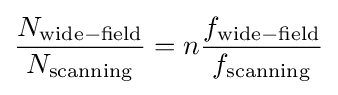
{\frac {N_{\mathrm {wide-field} }}{N_{\mathrm {scanning} }}}=n{\frac {f_{\mathrm {wide-field} }}{f_{\mathrm {scanning} }}}